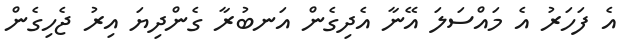
އެ ފަހަރު އެ މައްސަލަ އޭނާ އެދިގެން އަނބުރާ ގެންދިޔަ އިރު ޖެހިގެން